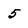
Character: 5